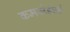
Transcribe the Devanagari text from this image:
कमर्सडोर्फ़